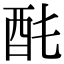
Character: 䣨